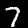
Digit: 7